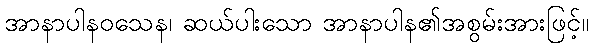
အာနာပါနဝသေန၊ ဆယ်ပါးသော အာနာပါန၏အစွမ်းအားဖြင့်။